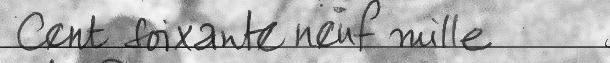
cent Soixante neuf mille